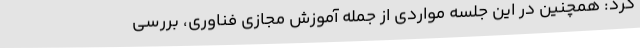
کرد: همچنین در این جلسه مواردی از جمله آموزش مجازی فناوری، بررسی